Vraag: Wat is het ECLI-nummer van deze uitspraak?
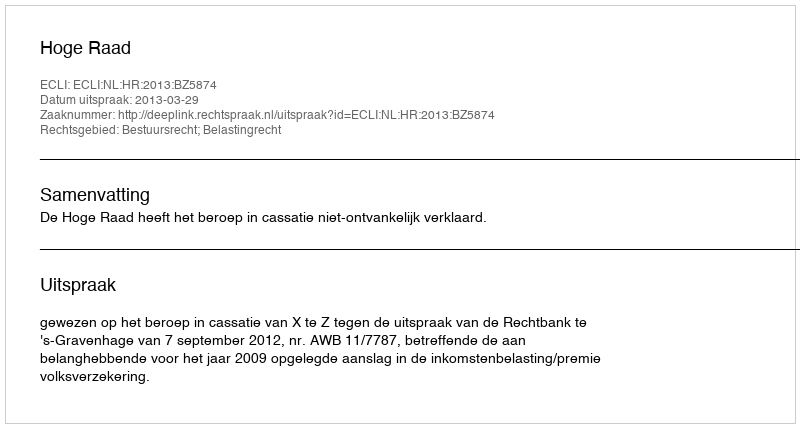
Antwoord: ECLI:NL:HR:2013:BZ5874